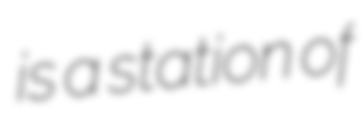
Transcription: is a station of